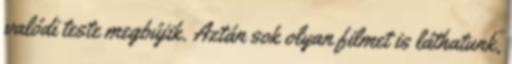
valódi teste megbújik. Aztán sok olyan filmet is láthatunk,